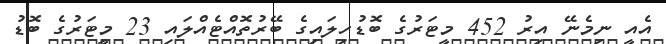
އެއީ ނިމެނޭ އިރު 452 މީޓަރުގެ ބޮޑުހިލައިގެ ބޭރުތޮއްޓެއްލައި 23 މީޓަރުގެ ބޮޑު